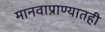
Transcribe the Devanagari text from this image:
मानवाप्राण्यातही